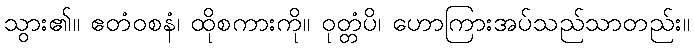
သွား၏။ ဧတံဝစနံ၊ ထိုစကားကို။ ဝုတ္တံပိ၊ ဟောကြားအပ်သည်သာတည်း။